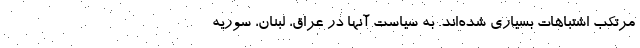
مرتکب اشتباهات بسیاری شده‌اند. به سیاست آنها در عراق، لبنان، سوریه